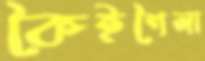
কৈইশৈলা